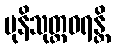
မုနိသုတ္တဝရန္တိ